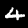
Digit: 4